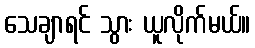
သေချာရင် သွား ယူလိုက်မယ်။